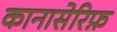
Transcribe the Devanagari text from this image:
कानासेरिफ़